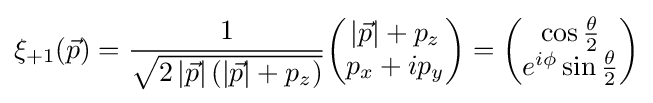
\xi _{+1}({\vec {p}})={\frac {1}{\sqrt {2\left|{\vec {p}}\right|\left(\left|{\vec {p}}\right|+p_{z}\right)}}}{\begin{pmatrix}\left|{\vec {p}}\right|+p_{z}\\p_{x}+ip_{y}\end{pmatrix}}={\begin{pmatrix}\cos {\frac {\theta }{2}}\\e^{i\phi }\sin {\frac {\theta }{2}}\end{pmatrix}}